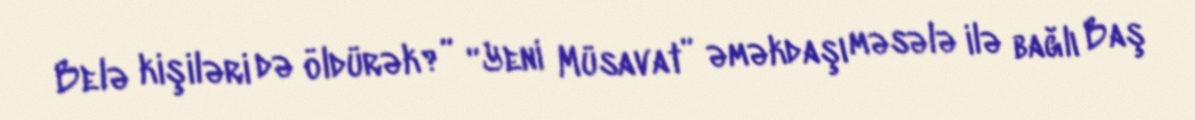
Belə kişiləri də öldürək?” “Yeni Müsavat” əməkdaşı məsələ ilə bağlı Baş